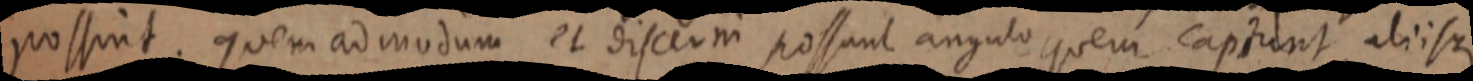
possint. quem ad modum et discerni possunt angulo quem captunt aliisque